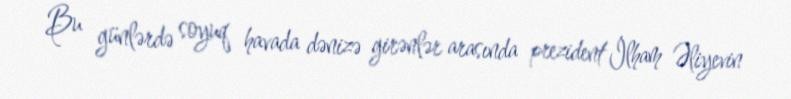
Bu günlərdə soyuq havada dənizə girənlər arasında prezident İlham Əliyevin